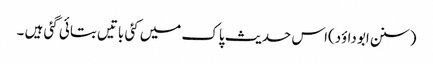
(سنن ابوداؤد)اس حدیث پاک میں کئی باتیں بتائی گئی ہیں ۔